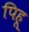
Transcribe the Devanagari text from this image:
पिहू